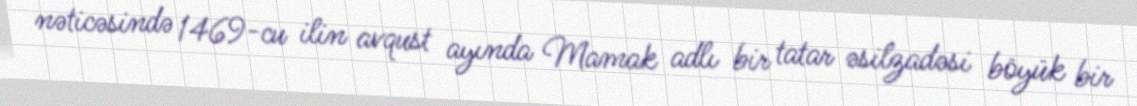
nəticəsində 1469-cu ilin avqust ayında Mamak adlı bir tatar əsilzadəsi böyük bir